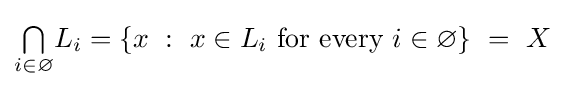
{\textstyle \bigcap \limits _{i\in \varnothing }}L_{i}=\{x~:~x\in L_{i}{\text{ for every }}i\in \varnothing \}~=~X